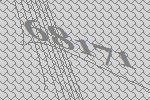
68171